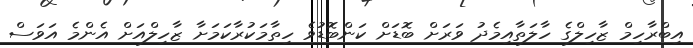
އިބްރާހިމް ޒާހިލްގެ ހާލަތާއިމެދު ވަރަށް ބޮޑަށް ކަންބޮޑުވެ ހިތާމަކުރާކަމަށާ ޒާހިލްއަށް އެންމެ އަވަސް